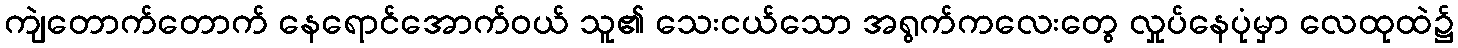
ကျဲတောက်တောက် နေရောင်အောက်ဝယ် သူ၏ သေးငယ်သော အရွက်ကလေးတွေ လှုပ်နေပုံမှာ လေထုထဲ၌